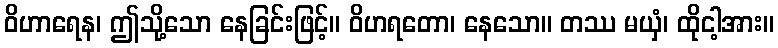
ဝိဟာရေန၊ ဤသို့သော နေခြင်းဖြင့်။ ဝိဟရတော၊ နေသော။ တဿ မယှံ၊ ထိုငါ့အား။